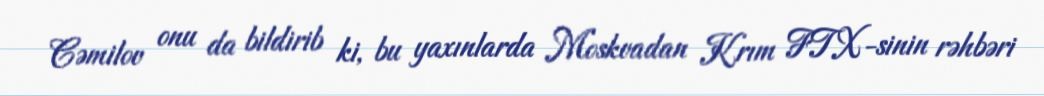
Cəmilov onu da bildirib ki, bu yaxınlarda Moskvadan Krım FTX-sinin rəhbəri